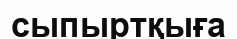
сыпыртқыға